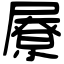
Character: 㞠